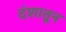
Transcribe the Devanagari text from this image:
दंशातून